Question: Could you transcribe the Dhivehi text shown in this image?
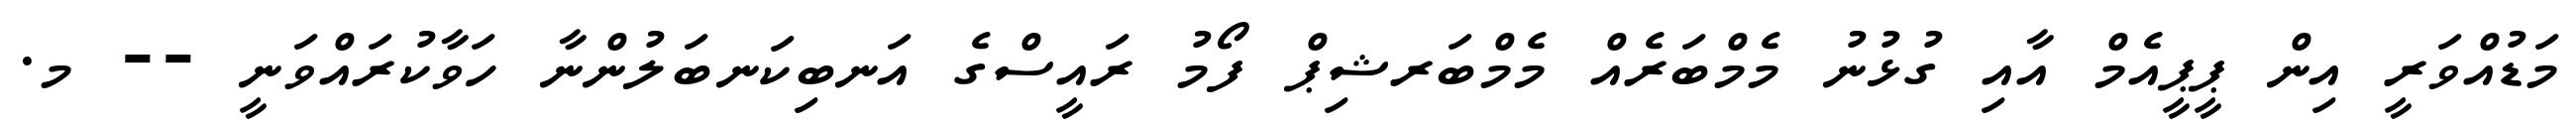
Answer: މަޑުއްވަރީ އިން ޕީޕީއެމް އާއި ގުޅުނު މެމްބަރެއް މެމްބަރޝިޕް ފޯމު ރައީސްގެ އަނބިކަނބަލުންނާ ހަވާކުރައްވަނީ -- މ.